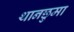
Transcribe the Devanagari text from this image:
थानछुमा